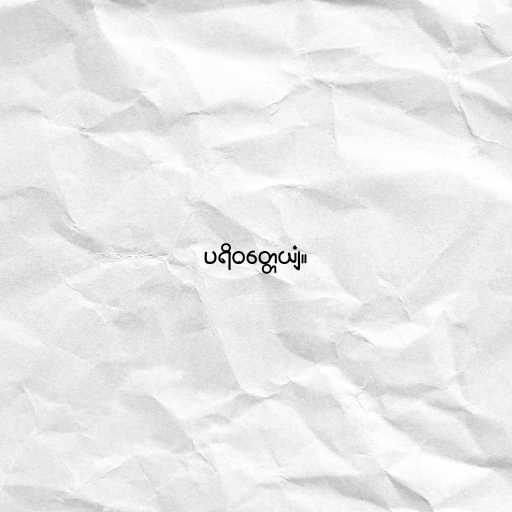
ပရိဝတ္တေယျံ။